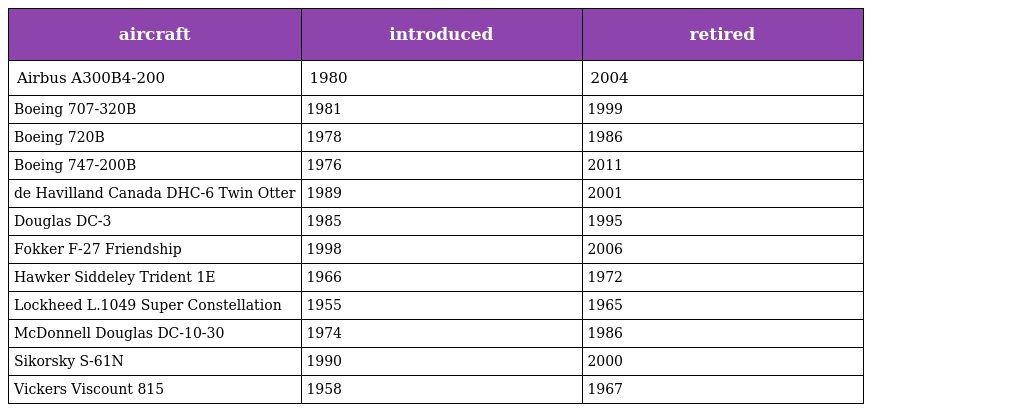
| aircraft | introduced | retired |
 | --- | --- | --- |
 | Airbus A300B4-200 | 1980 | 2004 |
 | Boeing 707-320B | 1981 | 1999 |
 | Boeing 720B | 1978 | 1986 |
 | Boeing 747-200B | 1976 | 2011 |
 | de Havilland Canada DHC-6 Twin Otter | 1989 | 2001 |
 | Douglas DC-3 | 1985 | 1995 |
 | Fokker F-27 Friendship | 1998 | 2006 |
 | Hawker Siddeley Trident 1E | 1966 | 1972 |
 | Lockheed L.1049 Super Constellation | 1955 | 1965 |
 | McDonnell Douglas DC-10-30 | 1974 | 1986 |
 | Sikorsky S-61N | 1990 | 2000 |
 | Vickers Viscount 815 | 1958 | 1967 |